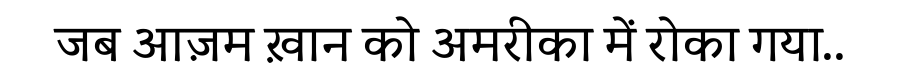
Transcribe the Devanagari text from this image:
जब आज़म ख़ान को अमरीका में रोका गया..